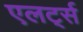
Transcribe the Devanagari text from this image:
एलर्ट्स